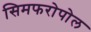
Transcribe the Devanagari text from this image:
सिमफरोपोल